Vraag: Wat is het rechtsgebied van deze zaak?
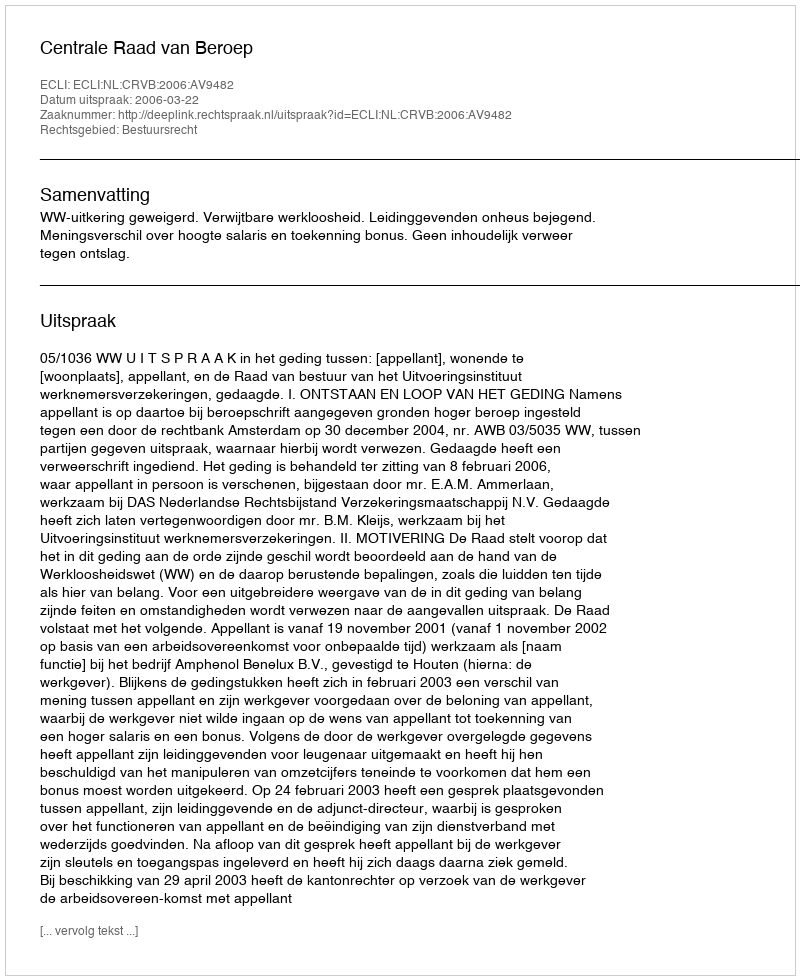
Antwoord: Bestuursrecht